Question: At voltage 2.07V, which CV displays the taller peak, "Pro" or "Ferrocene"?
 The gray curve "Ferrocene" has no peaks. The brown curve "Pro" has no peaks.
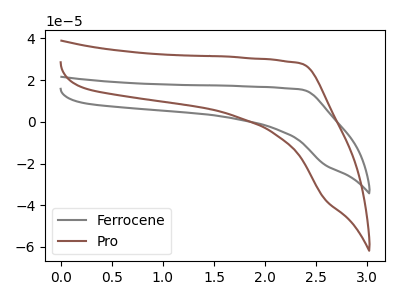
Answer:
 <answer>"Pro" and "Ferrocene" dont share a peak at 2.07V.</answer>
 <eval>mismatch</eval>